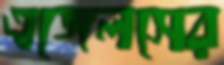
এঙ্গেলসের